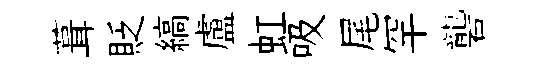
葺貶縞盧虹吸尾罕礱